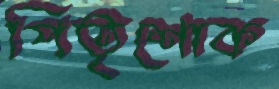
পিতৃশোক